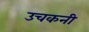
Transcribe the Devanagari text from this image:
उचकनी